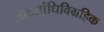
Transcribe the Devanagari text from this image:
लाटसांधिविग्रहिक